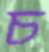
চ